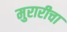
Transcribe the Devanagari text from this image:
मुरारीचा